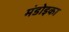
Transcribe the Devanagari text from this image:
मंडोइका